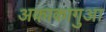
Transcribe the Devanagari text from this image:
अकाकागुआ